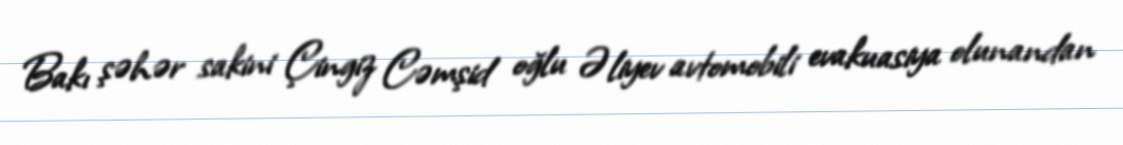
Bakı şəhər sakini Çingiz Cəmşid oğlu Əliyev avtomobili evakuasiya olunandan